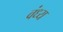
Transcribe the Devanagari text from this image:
वंध्य